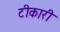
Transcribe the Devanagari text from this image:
टीकारी